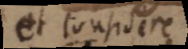
et considere